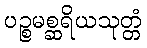
ပဉ္စမစ္ဆရိယသုတ္တံ